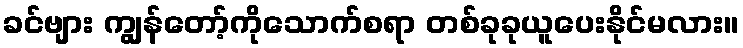
ခင်ဗျား ကျွန်တော့်ကိုသောက်စရာ တစ်ခုခုယူပေးနိုင်မလား။